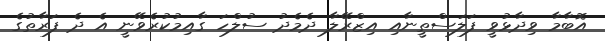
އޮބާމާ ވިދާޅުވީ ފަލަސްތީނާއި އިޒްރޭލާ ދެމެދު ސުލްހަ ގާއިމުކުރެވޭނީ އެ ދެ ފަރާތުގެ